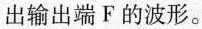
出输出端F的波形。